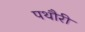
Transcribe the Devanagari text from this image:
पथौरी